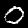
Label: 0